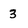
Character: 3